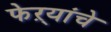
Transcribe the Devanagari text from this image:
फेऱ्यांचे